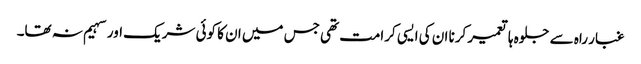
غبار راہ سے جلوہ ہا تعمیر کرنا ان کی ایسی کرامت تھی جس میں ان کا کوئی شریک اور سہیم نہ تھا۔